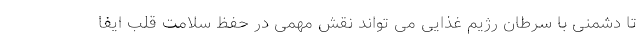
تا دشمنی با سرطان رژیم غذایی می تواند نقش مهمی در حفظ سلامت قلب ایفا